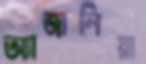
অ্যাজালিয়া